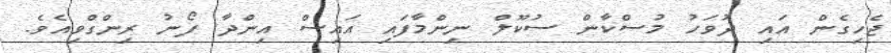
ޖެހިގެން އައި ދުވަހު މުސްކާން ސުކޫލް ނިންމާފައި އައިސް އިންދާ ފޯނު ރިންގްވިއެވެ.